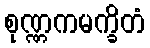
စုဏ္ဏကမက္ခိတံ